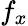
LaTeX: f_{x}